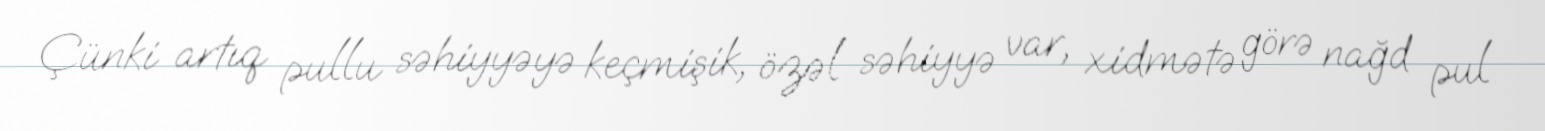
Çünki artıq pullu səhiyyəyə keçmişik, özəl səhiyyə var, xidmətə görə nağd pul